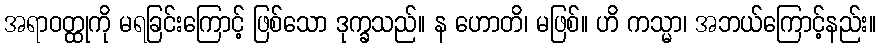
အရာဝတ္ထုကို မရခြင်းကြောင့် ဖြစ်သော ဒုက္ခသည်။ န ဟောတိ၊ မဖြစ်။ ဟိ ကသ္မာ၊ အဘယ်ကြောင့်နည်း။